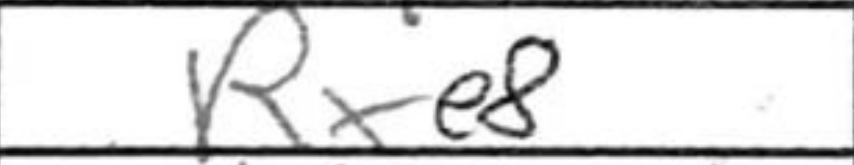
Transcription: Rxe8